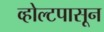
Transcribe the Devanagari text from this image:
व्होल्टपासून